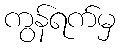
ကွန်ရက်မှ